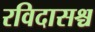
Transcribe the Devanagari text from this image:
रविदासश्च